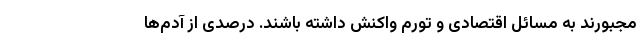
مجبورند به مسائل اقتصادی و تورم واکنش داشته باشند. درصدی از آ‌دم‌ها